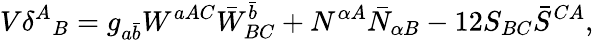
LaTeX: V\delta^{A}{}_{B}=g_{a\bar{b}}W^{aAC}\bar{W}_{BC}^{\bar{b}}+N^{\alpha A}\bar{N}_{\alpha B}-12S_{BC}\bar{S}^{CA},